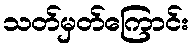
သတ်မှတ်ကြောင်း